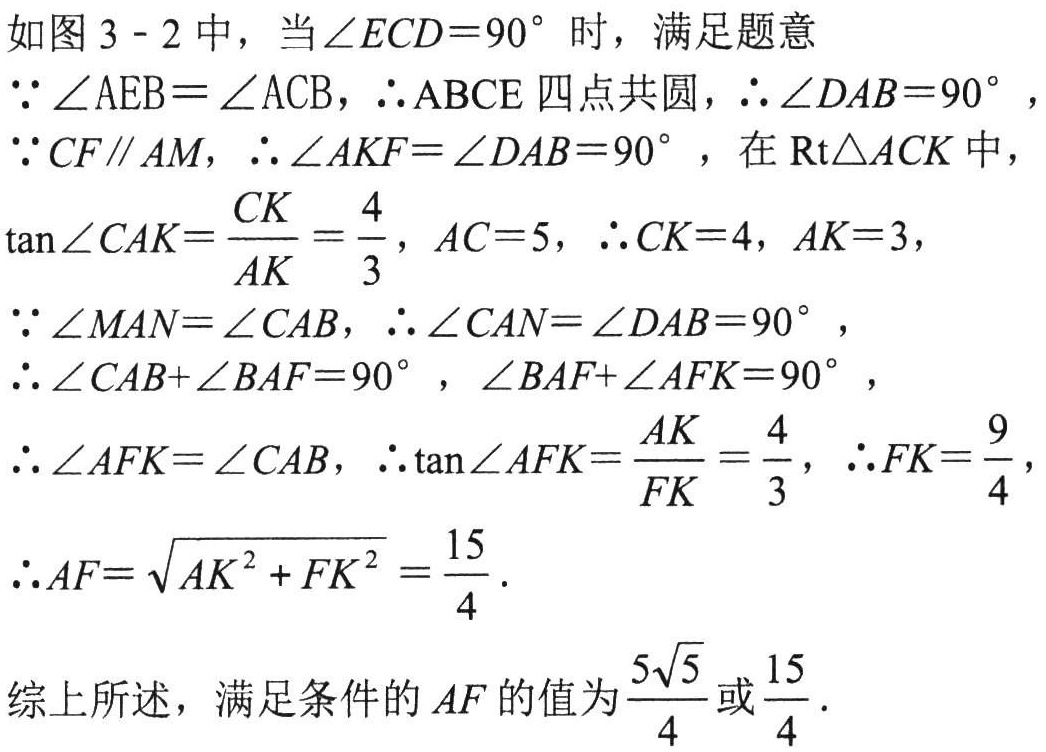
如图3 - 2中，当\(\angle ECD = 90^{\circ}\)时，满足题意

\(\because\angle AEB=\angle ACB\)，\(\therefore ABCE\)四点共圆，\(\therefore\angle DAB = 90^{\circ}\)，

\(\because CF\parallel AM\)，\(\therefore\angle AKF=\angle DAB = 90^{\circ}\)，在\(Rt\triangle ACK\)中，

\(\tan\angle CAK=\frac{CK}{AK}=\frac{4}{3}\)，\(AC = 5\)，\(\therefore CK = 4\)，\(AK = 3\)，

\(\because\angle MAN=\angle CAB\)，\(\therefore\angle CAN=\angle DAB = 90^{\circ}\)，

\(\therefore\angle CAB+\angle BAF = 90^{\circ}\)，\(\angle BAF+\angle AFK = 90^{\circ}\)，

\(\therefore\angle AFK=\angle CAB\)，\(\therefore\tan\angle AFK=\frac{AK}{FK}=\frac{4}{3}\)，\(\therefore FK=\frac{9}{4}\)，

\(\therefore AF=\sqrt{AK^{2}+FK^{2}}=\frac{15}{4}\)．

综上所述，满足条件的\(AF\)的值为\(\frac{5\sqrt{5}}{4}\)或\(\frac{15}{4}\)．